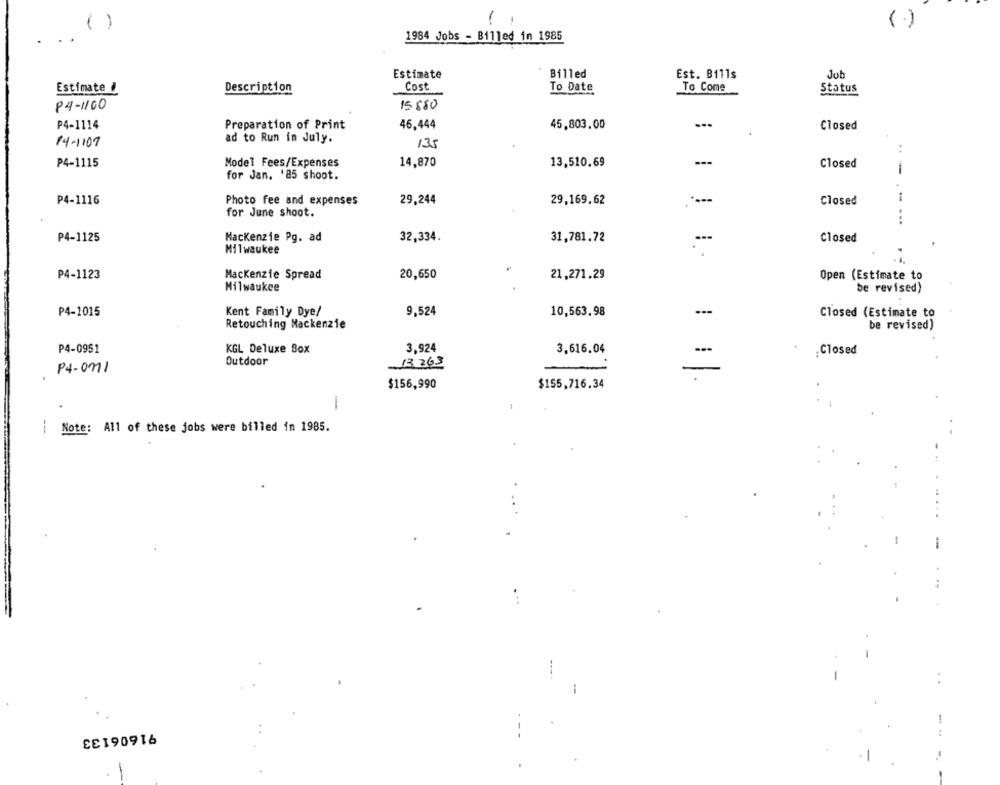
( )
-
(.)
1984 Jobs - Billed in 1985
Estimate
Billed
Est. Bills
Job
Cost
To Date
To Come
Estimate /
Description
Status
84-1100
15 880
P4-1114
Preparation of Print
46,444
45,803.00
Closed
ad to Run in July.
14-1107
135
..
P4-1115
Model Fees/Expenses
14,870
13,510,69
---
Closed
-
for Jan. '85 shoot.
P4-1116
Photo fee and expenses
29,244
29,169.62
+
Closed
for June shoot.
...
P4-1125
Mackenzie Pg. ad
32,334.
31,781.72
Closed
Milwaukee
P4-1123
Mackenzie Spread
20,650
21,271.29
Open (Estimate to
Milwaukee
be revised)
P4-1015
Kent Family Dye/
9,524
10,563.98
---
Closed (Estimate to
Retouching Mackenzie
be revised)
P4-0951
KGL Deluxe Box
3.924
3,616.04
Closed
Outdoor
13 263
P4-011
-
.
$156,990
$155,716.34
1
-
Note: All of these jobs were billed in 1985.
-
:
91606133
-. ..